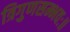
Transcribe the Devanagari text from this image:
त्रिगुणसम्भवः॥